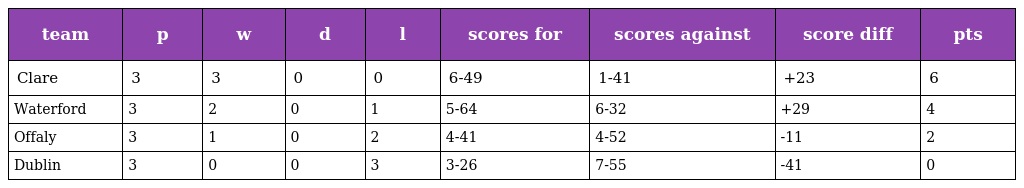
| team | p | w | d | l | scores for | scores against | score diff | pts |
 | --- | --- | --- | --- | --- | --- | --- | --- | --- |
 | Clare | 3 | 3 | 0 | 0 | 6-49 | 1-41 | +23 | 6 |
 | Waterford | 3 | 2 | 0 | 1 | 5-64 | 6-32 | +29 | 4 |
 | Offaly | 3 | 1 | 0 | 2 | 4-41 | 4-52 | -11 | 2 |
 | Dublin | 3 | 0 | 0 | 3 | 3-26 | 7-55 | -41 | 0 |